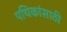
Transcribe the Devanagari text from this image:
पथिकांसाठी